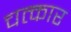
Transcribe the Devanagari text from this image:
चत्कार